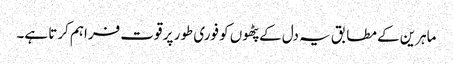
ماہرین کے مطابق یہ دل کے پٹھوں کو فوری طور پر قوت فراہم کرتا ہے۔